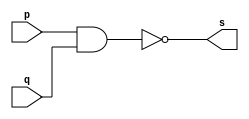
// --------------------- 
// Exemplo0006 - nand 
// Nome: Jenifer Henrique Moreira Borges 
// --------------------- 
 
// --------------------- 
// -- nand gate 
// --------------------- 
 
module nandgate (output [0:3] s, 
                             input   [0:3] p, 
                             input   [0:3] q); 
 assign s = ~(p & q); 
endmodule // nand 
 
// --------------------- 
// -- test nandgate 
// --------------------- 
module testnandgate; 
// ------------------------- dados locais 
   reg  [0:3] a,b; // definir registrador 
   wire [0:3] s;    // definir conexao (fio) 
// ------------------------- instancia 
   nandgate NAND1 (s, a, b);  
// ------------------------- preparacao 
   initial begin:start 
      a=4'b0011;   // 4 valores binarios 
      b=4'b0101;   // 4 valores binarios 
   end 
 
// ------------------------- parte principal 
   initial begin:main 
      $display("Exemplo0006 - Jenifer Henrique Moreira Borges - 427420"); 
      $display("Test nand gate"); 
      $display("\n ~(a   &   b)  =   s\n"); 
      $display("~(%b & %b) = %b", a, b, s); 
  #1  a=4'b0000;    b=4'b0001;
   $display("~(%b & %b) = %b", a, b, s);     
  #1  a=4'b0010;    b=4'b0011;  
   $display("~(%b & %b) = %b", a, b, s);
  #1  a=4'b0100;    b=4'b0101;  
   $display("~(%b & %b) = %b", a, b, s);
  #1  a=4'b0110;    b=4'b0111;    
   $display("~(%b & %b) = %b", a, b, s);
  #1  a=4'b1000;    b=4'b1001;     
   $display("~(%b & %b) = %b", a, b, s);
  #1  a=4'b1010;    b=4'b1011;   
   $display("~(%b & %b) = %b", a, b, s); 
 
 end 
 
endmodule // testnandgate